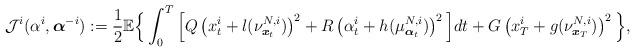
LaTeX: \begin{align*}\mathcal{J}^i(\alpha^i,\boldsymbol{\alpha}^{-i}):=\frac{1}{2}\mathbb{E}\Big\{\int_0^T\Big[Q\left(x^i_t+l(\nu^{N,i}_{\boldsymbol{x}_t})\right)^2+R\left(\alpha^i_t+h(\mu^{N,i}_{\boldsymbol{\alpha}_t})\right)^2\Big]dt+G\left(x^i_T+g(\nu^{N,i}_{\boldsymbol{x}_T})\right)^2\Big\},\end{align*}